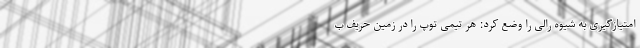
امتیازگیری به شیوه رالی را وضع کرد: هر تیمی توپ را در زمین حریف ب